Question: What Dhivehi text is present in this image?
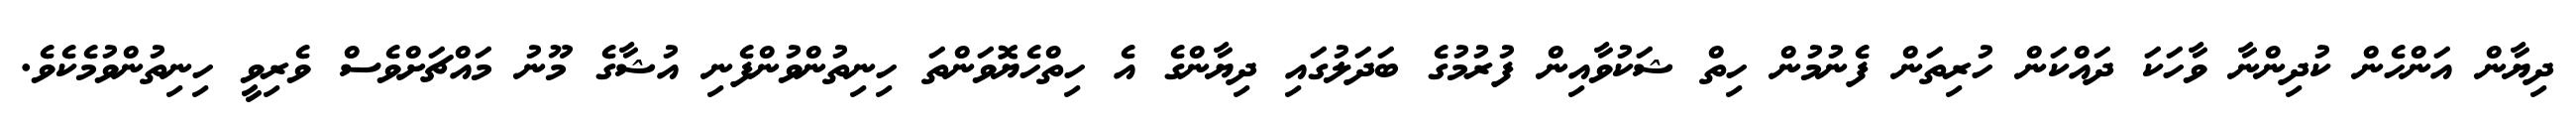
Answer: ދިޔާން އަންހެން ކުދިންނާ ވާހަކަ ދައްކަން ހުރިތަން ފެނުމުން ހިތް ޝަކުވާއިން ފުރުމުގެ ބަދަލުގައި ދިޔާންގެ އެ ހިތްހެޔޮވަންތަ ހިނިތުންވުންފެނި އުޝާގެ މޫނު މައްޗަށްވެސް ވެރިވީ ހިނިތުންވުމެކެވެ.